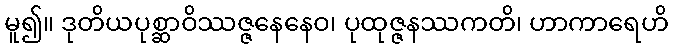
မူ၍။ ဒုတိယပုစ္ဆာဝိဿဇ္ဇနေနေဝ၊ ပုထုဇ္ဇနဿကတိ၊ ဟာကာရေဟိ